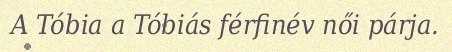
A Tóbia a Tóbiás férfinév női párja.